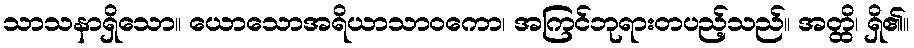
သာသနာရှိသော။ ယောသောအရိယာသာဝကော၊ အကြင်ဘုရားတပည့်သည်။ အတ္ထိ၊ ရှိ၏။